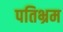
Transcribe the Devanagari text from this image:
पतिभ्रम